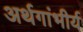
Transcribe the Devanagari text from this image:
अर्थगांभीर्य